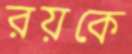
রয়কে